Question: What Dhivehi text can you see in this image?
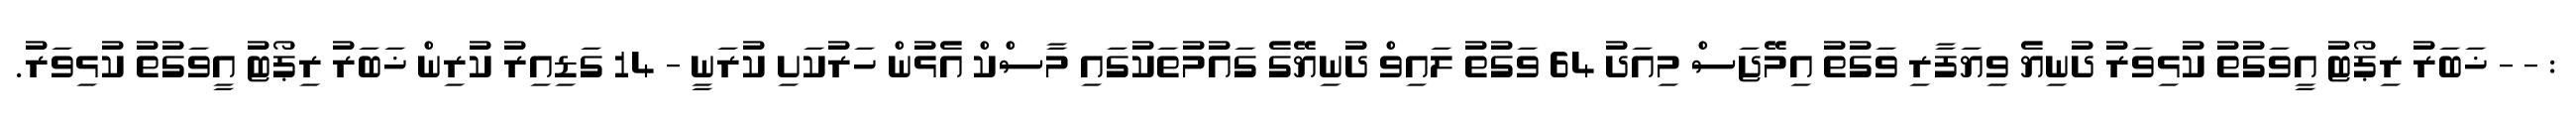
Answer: : - - ޚަބަރު ރިޕޯޓު އީވަގުތު ކުޅިވަރު ދުނިޔެ ވިޔަފާރި ވަގުތު އިމޭޖަސް މިއަދު 64 ވަގުތު ލައިވް ދުނިޔޭގެ ގައުމުތަކުގައި މާސްކް އެޅުން ހަރުކަށި ކުރަނީ - 14 ގަޑިއިރު ކުރިން ޚަބަރު ރިޕޯޓު އީވަގުތު ކުޅިވަރު.